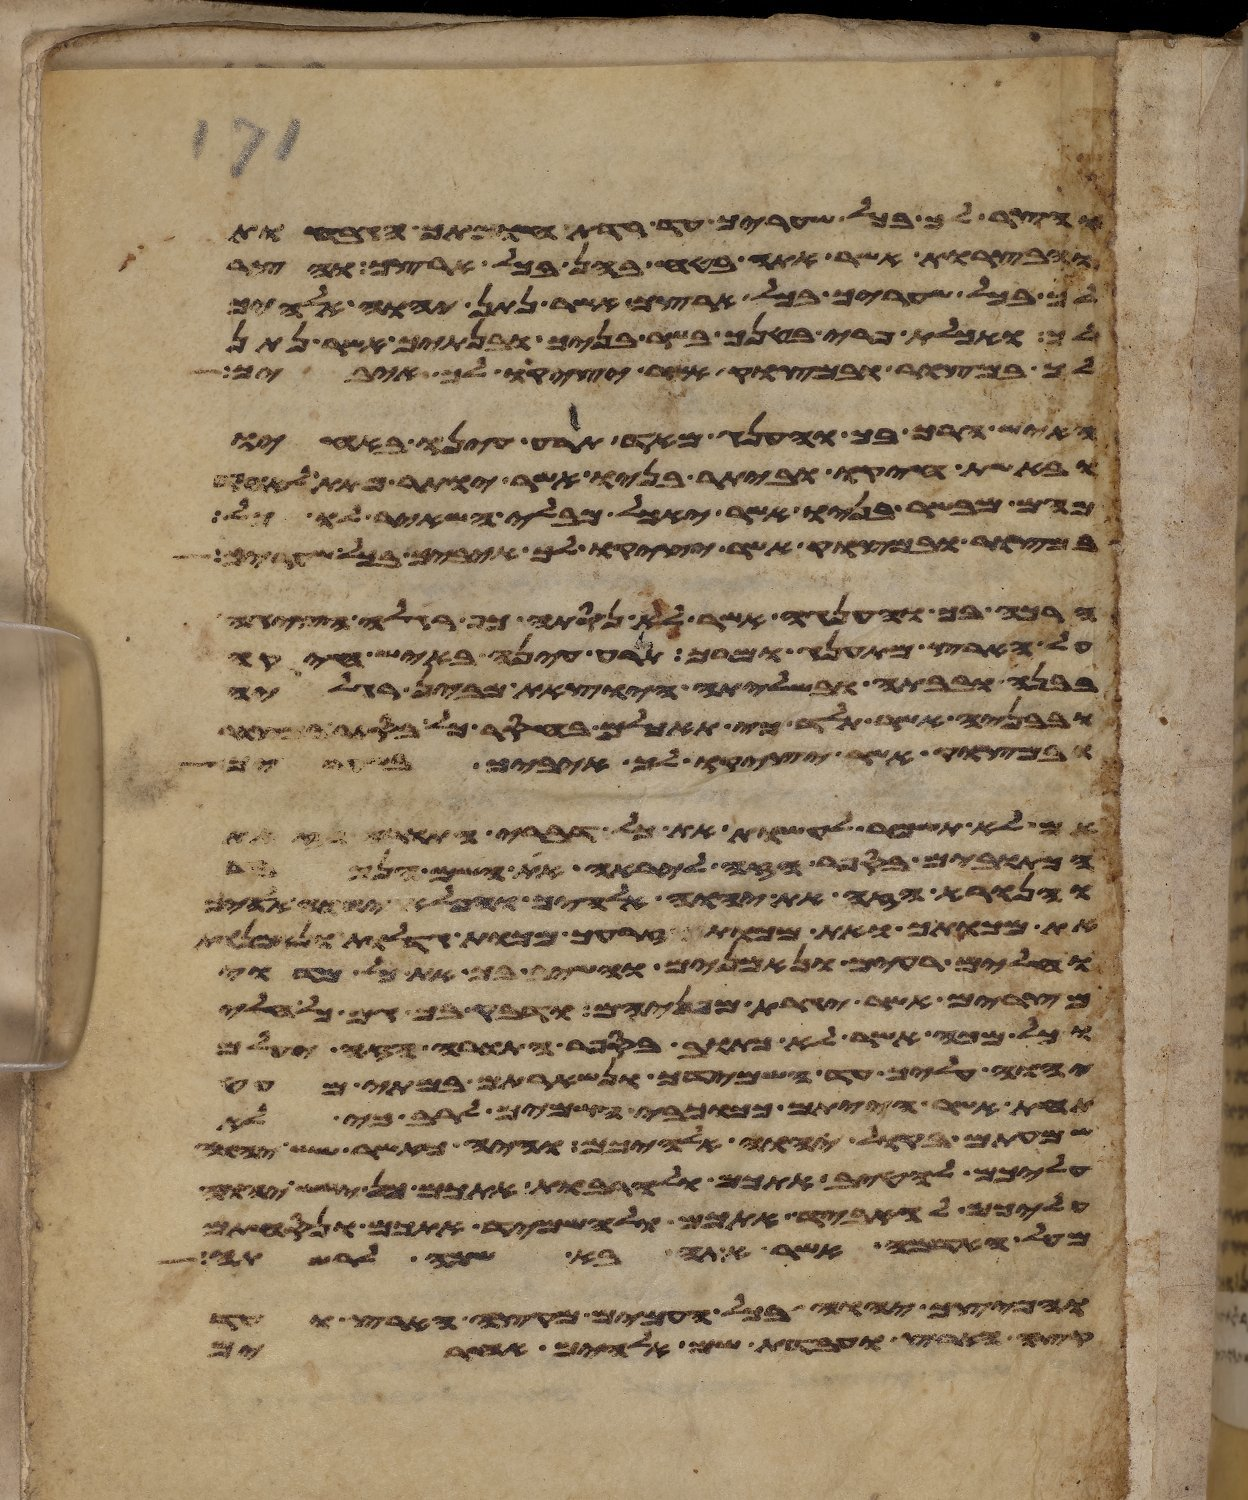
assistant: והצר לך בכל שעריך עד רדת חומתך הגבחות
והבצרות אשר אתה בטח בהן בכל ארצך והצר
לך בכל שעריך בכל ארצך אשר נתן יהוה אלהיך
לך ואכלת פרי בטנך בשר בניך ובנתיך אשר נתן
לך במצור ובמצוק אשר יציק לך איביך
האיש הרך בך והענג מאד תרע עינו באחיו
ובאשת חיקו וביתר בניו אשר יותר מתת
מהם מבשר בניו אשר יאכל מבלי השאיר לו
במצור ובמצוק אשר יציק לך איביך בכל שעריך
הרכה בך והענגה אשר לא נסתה כף רגלה הציגה
על הארץ מהתענג ומרך תרע עינה באיש חיקה
בבנה ובבתה ובשלתה היצאת מבין רגליה
ובבניה אשר תלד כי תאכלם בחסר כל בסתר
ובמצוק אשר יציקו לך איביך בשעריך
אם לא תשמר לעשות את כל דברי התורה הזאת
הכתובים בספר הזה ליראה את השם הנכבד
והנורא הזה את יהוה אלהיך והפלא יהוה אלהיך
את מכותך ואת מכות זרעך מכות גדלות ונאמנות
וחלים רעים ונאמנים והשיב בך את כל מדוי
מצרים אשר יגרת מפניהם ודבק בך גם כל חלי
וכל מכה אשר לא כתוב בספר התורה הזה יעלם
יהוה עליך עד השמידך ונשארתם במתי מעט
תחת אשר הייתם ככוכבי השמים לרב כי לא
שמעתם בקול יהוה אלהיכם והיה כאשר שש יהוה
עליכם להטיב אתכם ולהרבות אתכם כן ישש יהוה
עליכם להאביד אתכם ולהשמיד אתכם ונסחתם
מעל האדמה אשר אתה בא שמה לרשתה
והפיצך יהוה בכל העמים מקצה הארץ ועד
קצה הארץ ועבדת שם אלהים אחרים